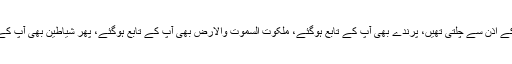
ہوائیں بھی آپ کے اِذن سے چلتی تھیں، پرندے بھی آپ کے تابع ہوگئے، ملکوت السمٰوت والارض بھی آپ کے تابع ہوگئے، پھر شیاطین بھی آپ کے تابع کر دیئے۔